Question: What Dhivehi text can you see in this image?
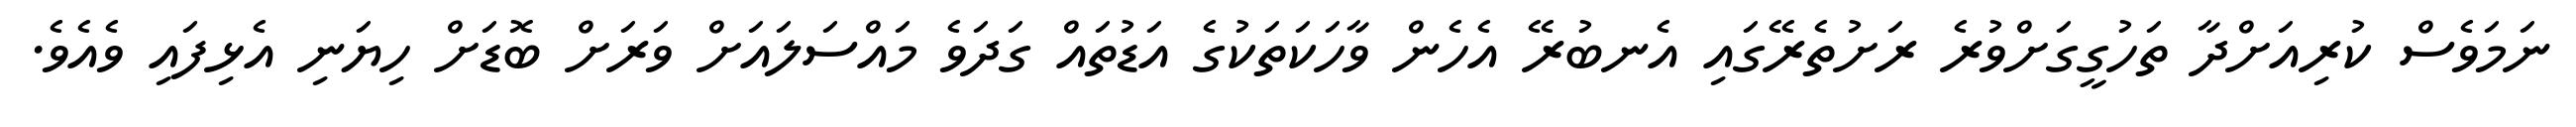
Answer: ނަމަވެސް ކުރިއަށްދާ ތަހުގީގަށްވުރެ ރަށުތެރޭގައި އެނބުރޭ އެހެން ވާހަކަތަކުގެ އަޑުތައް ގަދަވެ މައްސަލައަށް ވަރަށް ބޮޑަށް ހިޔަނި އެޅިފައި ވެއެވެ.